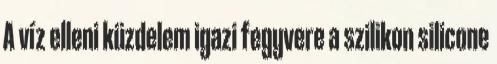
A víz elleni küzdelem igazi fegyvere a szilikon silicone